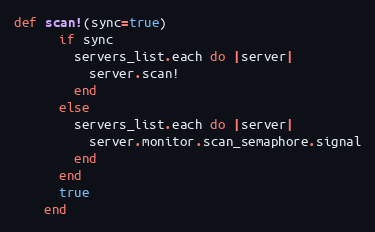
Language: Ruby
def scan!(sync=true)
      if sync
        servers_list.each do |server|
          server.scan!
        end
      else
        servers_list.each do |server|
          server.monitor.scan_semaphore.signal
        end
      end
      true
    end